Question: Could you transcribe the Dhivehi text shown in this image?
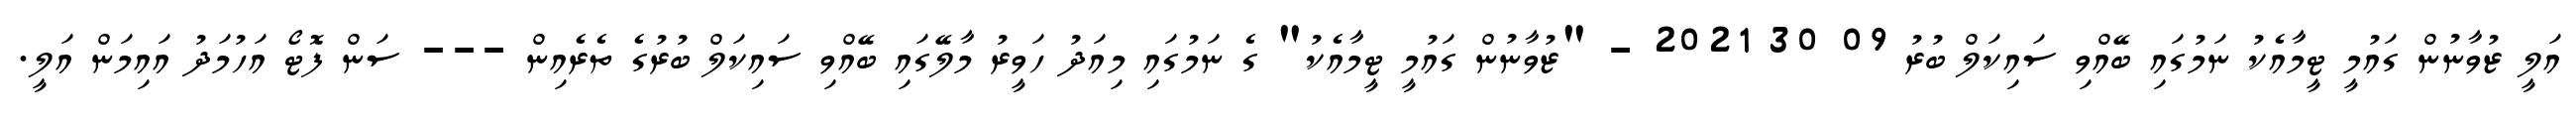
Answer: އަލީ ޒުވާނުން ގައުމީ ޓީމާއެކު ނަމުގައި ބޭއްވި ސައިކަލް ބުރު 09 30 2021 - "ޒުވާނުން ގައުމީ ޓީމާއެކު" ގެ ނަމުގައި މިއަދު ހަވީރު މާލޭގައި ބޭއްވި ސައިކަލް ބުރުގެ ތެރެއިން --- ސަން ފޮޓޯ އަހުމަދު އައިމަން އަލީ.